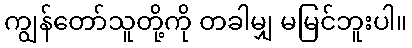
ကျွန်တော်သူတို့ကို တခါမျှ မမြင်ဘူးပါ။